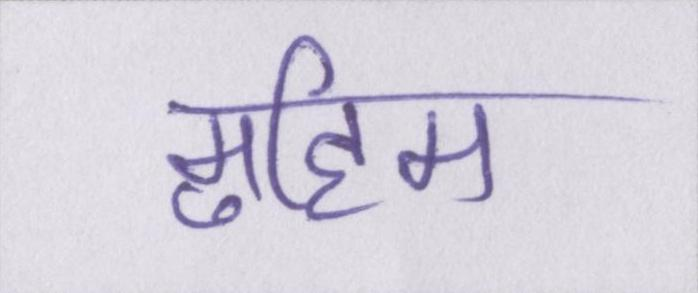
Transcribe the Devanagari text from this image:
मुहिम